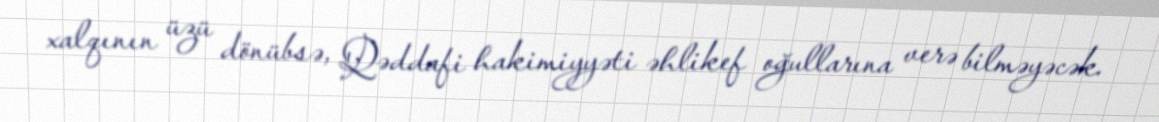
xalqının üzü dönübsə, Qəddafi hakimiyyəti əhlikef oğullarına verə bilməyəcək.